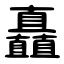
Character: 矗